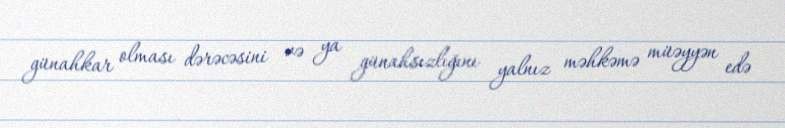
günahkar olması dərəcəsini və ya günahsızlığını yalnız məhkəmə müəyyən edə